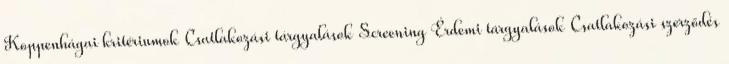
Koppenhágai kritériumok Csatlakozási tárgyalások Screening Érdemi tárgyalások Csatlakozási szerződés